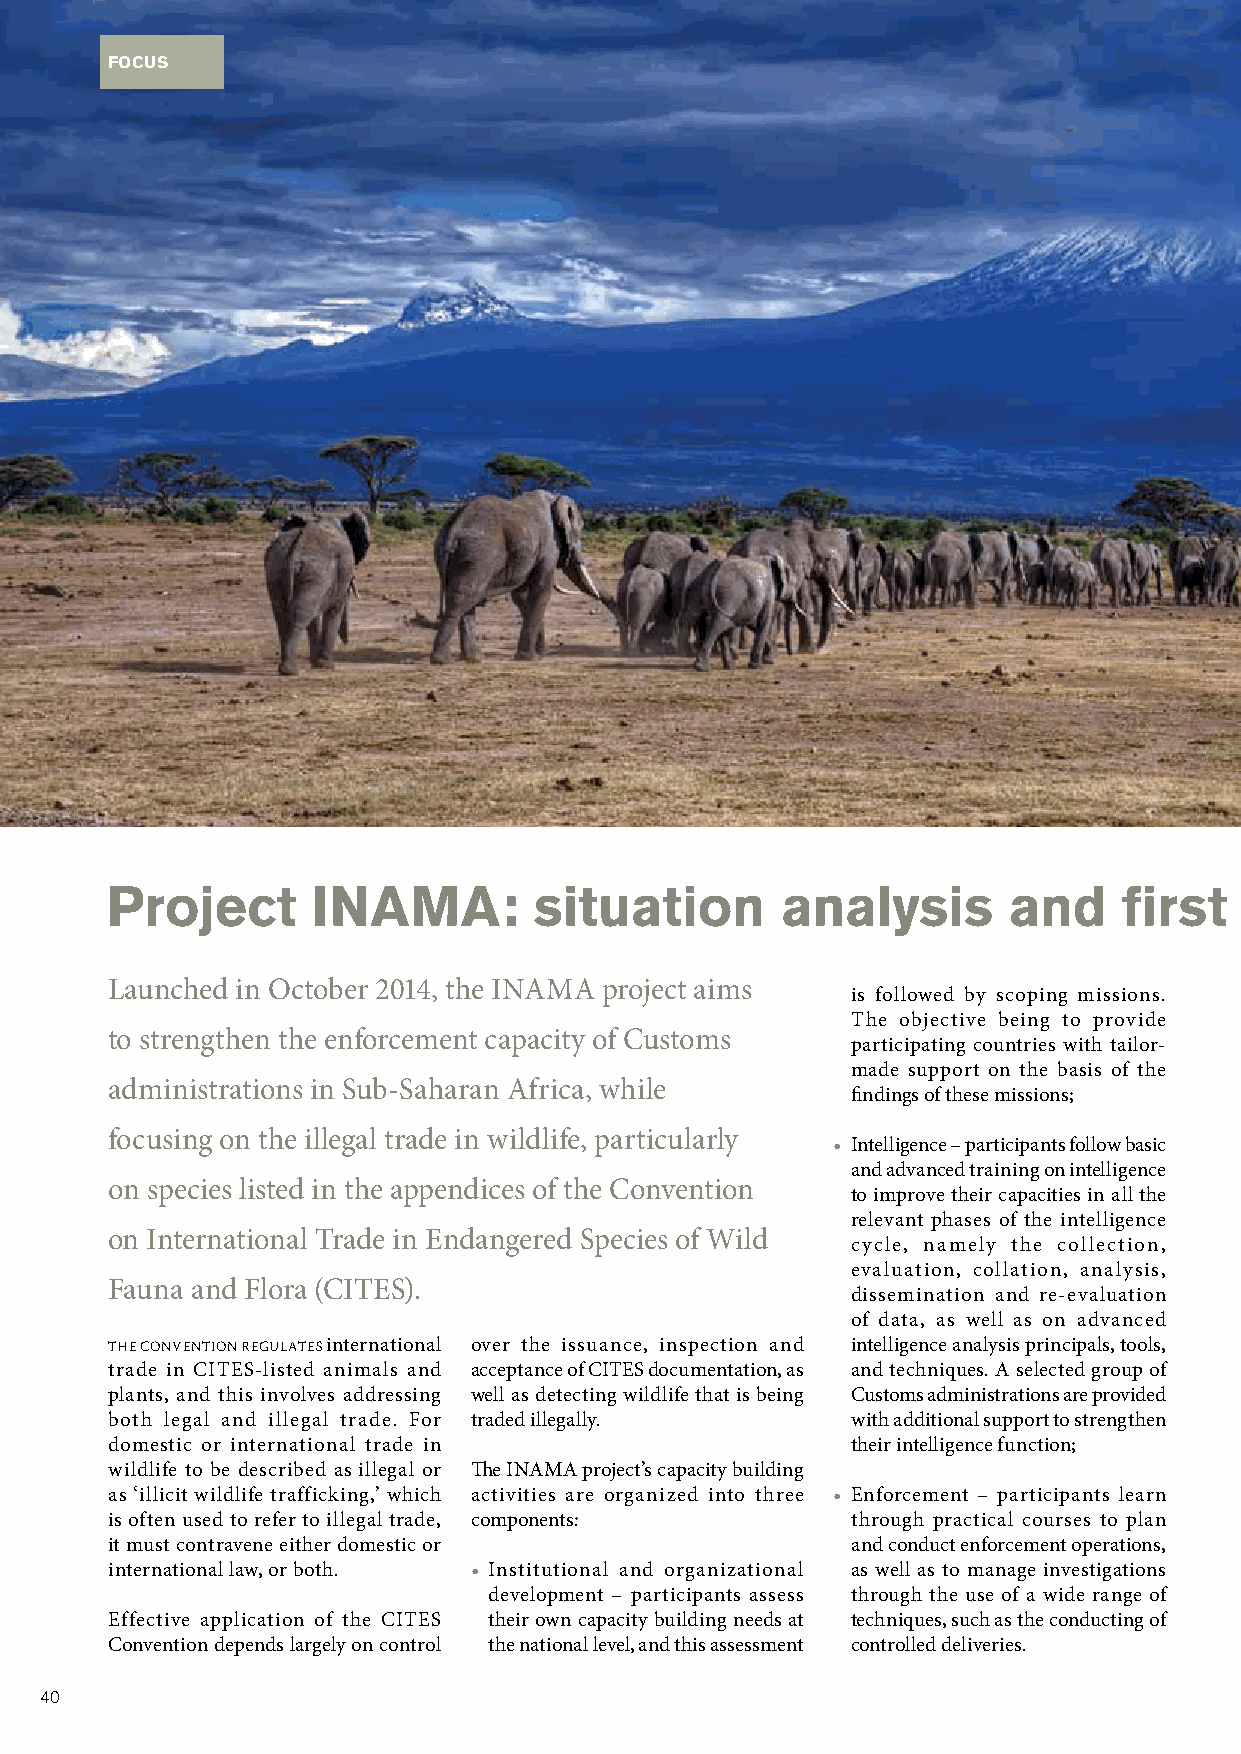
FOCUS
 Project       INAMA:        situation        analysis       and    first    results
 Launched in October 2014, the INAMA project aims
 is followed by scoping missions.
 The objective being to provide
 to strengthen the enforcement capacity of Customs
 participating countries with tailor-
 made support on the basis of the
 administrations in Sub-Saharan Africa, while
 findings of these missions;
 focusing on the illegal trade in wildlife, particularly
 • Intelligence – participants follow basic
 and advanced training on intelligence
 on species listed in the appendices of the Convention
 to improve their capacities in all the
 relevant phases of the intelligence
 on International Trade in Endangered Species of Wild
 cycle, namely the collection,
 evaluation, collation, analysis,
 Fauna and Flora (CITES).
 dissemination and re-evaluation
 of data, as well as on advanced
 THE CONVENTION REGULATES international over the issuance, inspection and intelligence analysis principals, tools,
 trade in CITES-listed animals and acceptance of CITES documentation, as and techniques. A selected group of
 plants, and this involves addressing well as detecting wildlife that is being Customs administrations are provided
 both legal and illegal trade. For traded illegally. with additional support to strengthen
 domestic or international trade in               their intelligence function;
 wildlife to be described as illegal or The INAMA project’s capacity building
 as ‘illicit wildlife trafficking,’ which activities are organized into three • Enforcement – participants learn
 is often used to refer to illegal trade, components: through practical courses to plan
 it must contravene either domestic or            and conduct enforcement operations,
 international law, or both. • Institutional and organizational as well as to manage investigations
 development – participants assess through the use of a wide range of
 Effective application of the CITES their own capacity building needs at techniques, such as the conducting of
 Convention depends largely on control the national level, and this assessment controlled deliveries.
 40